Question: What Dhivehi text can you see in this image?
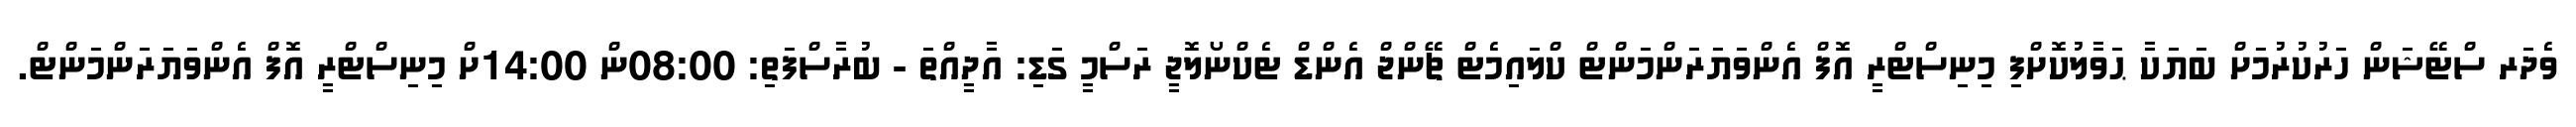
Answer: ވެދަރ ސްޓޭޝަން ހަރުކުރުމަށް ބަޔަކާ ޙަވާލުކޮށްފި މިނިސްޓްރީ އޮފް އެންވަޔަރަންމަންޓް ކްލައިމެޓް ޗޭންޖް އެންޑް ޓެކްނޯލޮޖީ ރަސްމީ ގަޑި: އާދީއްތަ - ބުރާސްފަތި: 08:00ން 14:00ށް މިނިސްޓްރީ އޮފް އެންވަޔަރަންމަންޓް.